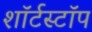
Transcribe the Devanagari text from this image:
शॉर्टस्टॉप